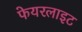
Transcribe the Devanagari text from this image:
फेयरलाइट